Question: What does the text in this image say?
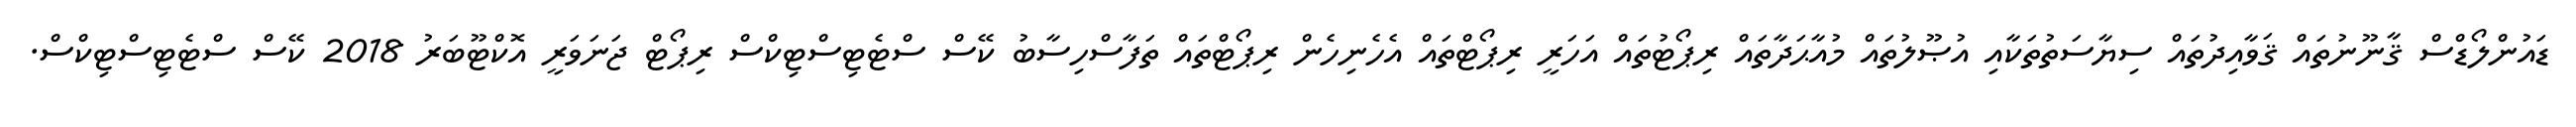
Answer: ޑައުންލޯޑްސް ޤާނޫނުތައް ޤަވާއިދުތައް ސިޔާސަތުތަކާއި އުޞޫލުތައް މުއާޙަދާތައް ރިޕޯޓުތައް އަހަރީ ރިޕޯޓްތައް އެހެނިހެން ރިޕޯޓްތައް ތަފާސްހިސާބު ކޭސް ސްޓެޓިސްޓިކްސް ރިޕޯޓް ޖަނަވަރީ އޮކްޓޫބަރު 2018 ކޭސް ސްޓެޓިސްޓިކްސް.